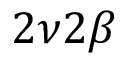
2 \nu 2 \beta